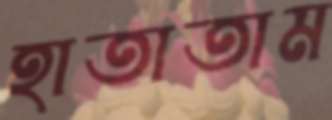
হাতাতাম